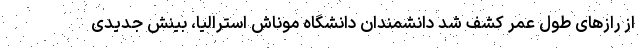
از رازهای طول عمر کشف شد دانشمندان دانشگاه موناش استرالیا، بینش جدیدی